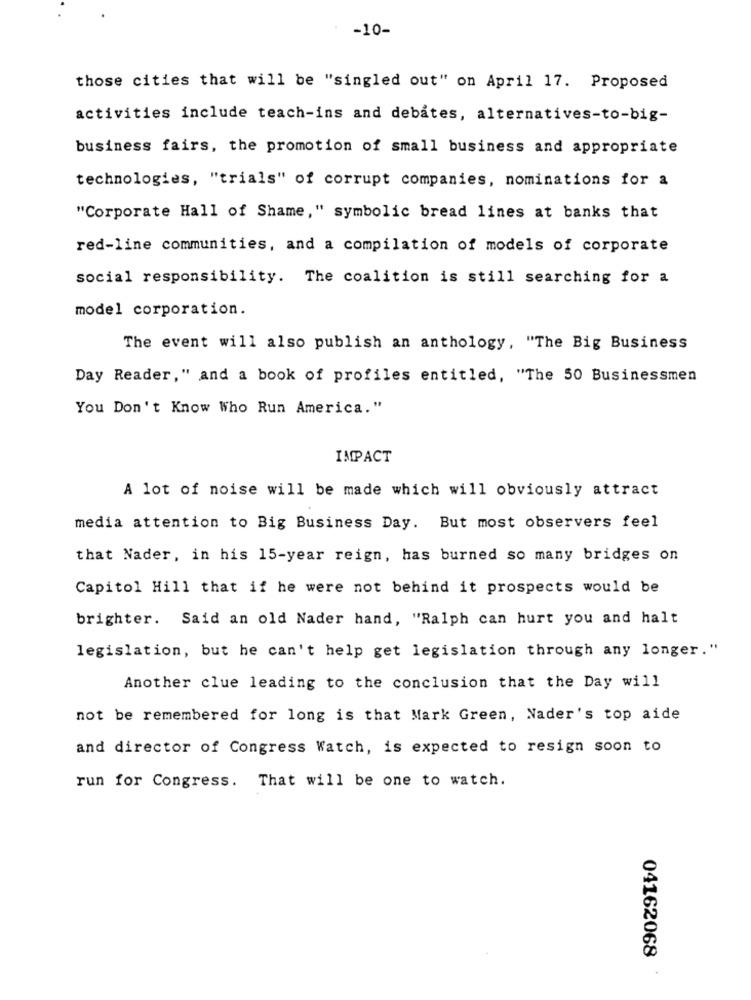
-10-
those cities that will be "singled out" on April 17. Proposed
activities include teach-ins and debates, alternatives-to-big-
business fairs, the promotion of small business and appropriate
technologies, "trials" of corrupt companies, nominations for a
"Corporate Hall of Shame," symbolic bread lines at banks that
red-line communities, and a compilation of models of corporate
social responsibility. The coalition is still searching for a
model corporation.
The event will also publish an anthology, "The Big Business
Day Reader," and a book of profiles entitled, "The 50 Businessmen
You Don't Know Who Run America."
IMPACT
A lot of noise will be made which will obviously attract
media attention to Big Business Day. But most observers feel
that Nader, in his 15-year reign, has burned so many bridges on
Capitol Hill that if he were not behind it prospects would be
brighter. Said an old Nader hand, "Ralph can hurt you and halt
legislation, but he can't help get legislation through any longer."
Another clue leading to the conclusion that the Day will
not be remembered for long is that Mark Green, Nader's top aide
and director of Congress Watch, is expected to resign soon to
run for Congress. That will be one to watch.
04162068